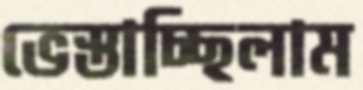
ভেস্তাচ্ছিলাম